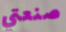
صنعتي